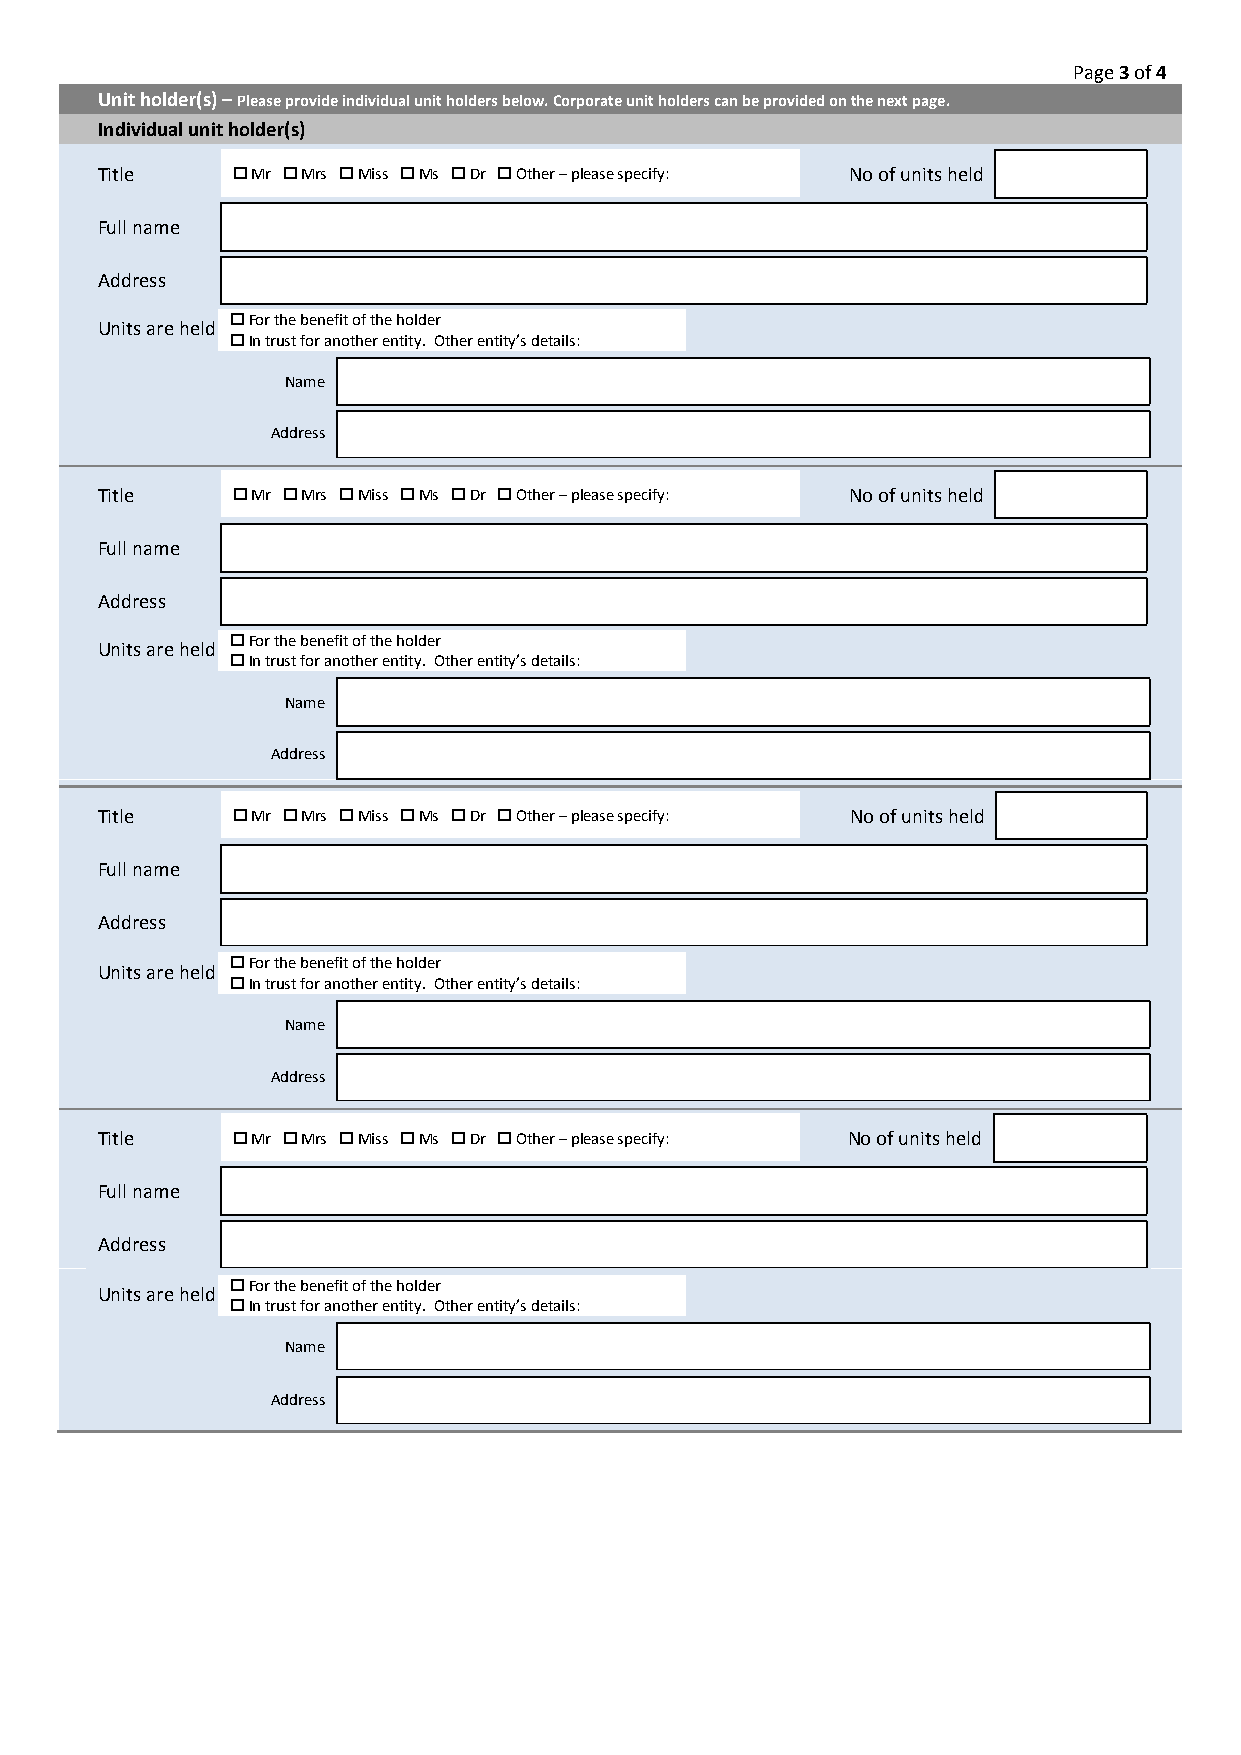
Page 3 of 4
 Unit holder(s) – Please provide individual unit holders below. Corporate unit holders can be provided on the next page.
 Individual unit holder(s)
 Title     Mr  Mrs  Miss  Ms  Dr  Other – please specify: No of units held
 Full name
 Address
 U nits are held
  For the benefit of the holder
  In trust for another entity. Other entity’s details:
 Name
 Address
 Title     Mr  Mrs  Miss  Ms  Dr  Other – please specify: No of units held
 Full name
 Address
 U nits are held
 
 
 F Ino r
 t
 rt uh se
 t
 b foe rn ae nfi ot to hf
 e
 t rh ee
 n
 h tio tyld
 .
 e Or
 t h er entity’s details:
 Name
 Address
 Title     Mr  Mrs  Miss  Ms  Dr  Other – please specify: No of units held
 Full name
 Address
 Units are held
 
 
 F Ino r
 t
 rt uh se
 t
 b foe rn ae nfi ot to hf
 e
 t rh ee
 n
 h tio tyld
 .
 e Or
 t h er entity’s details:
 Name
 Address
 Title     Mr  Mrs  Miss  Ms  Dr  Other – please specify: No of units held
 Full name
 Address
 Units are held
 
 
 F Ino r
 t
 rt uh se
 t
 b foe rn ae nfi ot to hf
 e
 t rh ee
 n
 h tio tyld
 .
 e Or
 t h er entity’s details:
 Name
 Address